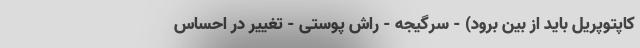
کاپتوپریل باید از بین برود) - سرگیجه - راش پوستی - تغییر در احساس